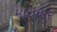
માતબર